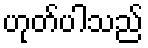
ဟုတ်ပါသည်